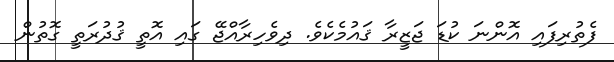
ފެތުރިފައި އޮންނަ ކުޑަ ޖަޒީރާ ޤައުމެކެވެ. ދިވެހިރާއްޖޭ ގައި އޮތީ ޤުދުރަތީ ގޮތުން